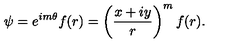
\psi = e ^ { i m \theta } f ( r ) = \left( \frac { x + i y } { r } \right) ^ { m } f ( r ) .